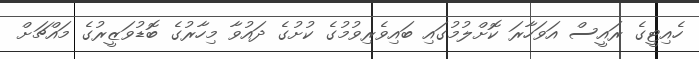
ހެއިޓީގެ ރައީސް އަވަހާރަ ކޮށްލުމުގައި ބައިވެރިވުމުގެ ކުށުގެ ދައުވާ މިހާރުގެ ބޮޑުވަޒީރުގެ މައްޗަށް